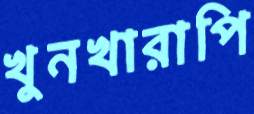
খুনখারাপি